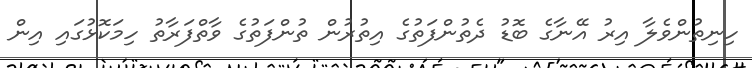
ހިނިތުންވެލާ އިރު އޭނާގެ ބޮޑު ދެތުންފަތުގެ އިތުރުން ތުންފަތުގެ ވާތްފަރާތު ހިމަކޮޅުގައި އިން